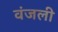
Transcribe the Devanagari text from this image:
वंजली